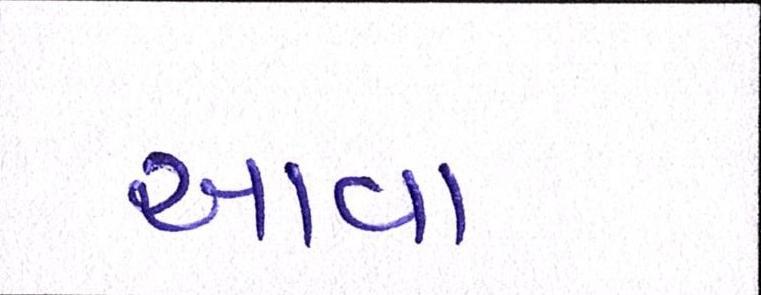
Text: આવા